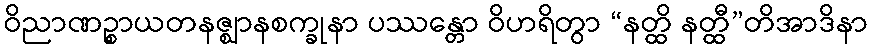
ဝိညာဏဉ္စာယတနဇ္ဈာနစက္ခုနာ ပဿန္တော ဝိဟရိတွာ “နတ္ထိ နတ္ထီ”တိအာဒိနာ